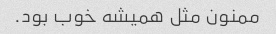
ممنون مثل همیشه خوب بود.